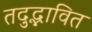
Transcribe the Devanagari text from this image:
तदुद्भावित